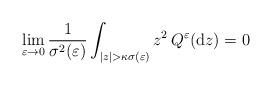
LaTeX: \begin{align*} \lim_{\varepsilon \rightarrow 0} \frac{1}{\sigma^2(\varepsilon)} \int_{\vert z \vert > \kappa \sigma(\varepsilon)} z^2 \, Q^{\varepsilon}(\textrm{d}z) = 0\end{align*}